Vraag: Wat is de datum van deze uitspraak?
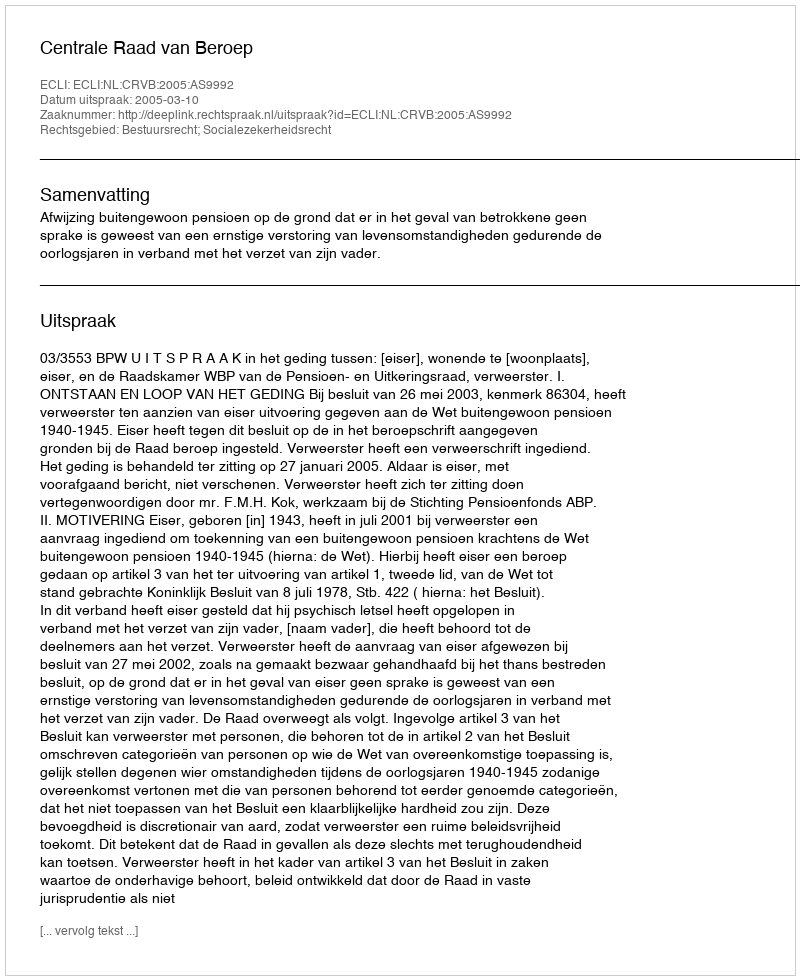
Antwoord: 2005-03-10